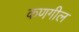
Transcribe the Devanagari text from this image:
कणगील